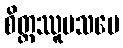
စိတ္တဿူပသမေ